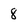
Character: 8